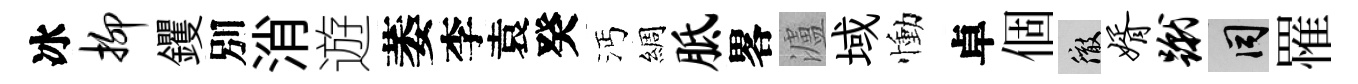
冰抑钁別消遊萎李袁癸沔綢胝畧瀘域慟卓個徹婿蹴间罹